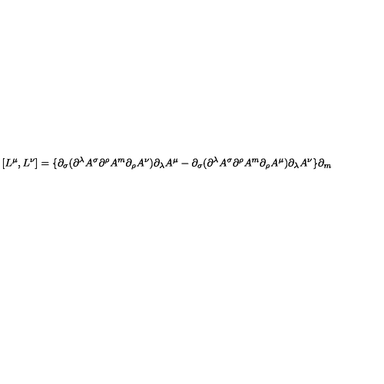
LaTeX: [ L ^ { \mu } , L ^ { \nu } ] = \{ \partial _ { \sigma } ( \partial ^ { \lambda } A ^ { \sigma } \partial ^ { \rho } A ^ { m } \partial _ { \rho } A ^ { \nu } ) \partial _ { \lambda } A ^ { \mu } - \partial _ { \sigma } ( \partial ^ { \lambda } A ^ { \sigma } \partial ^ { \rho } A ^ { m } \partial _ { \rho } A ^ { \mu } ) \partial _ { \lambda } A ^ { \nu } \} \partial _ { m }